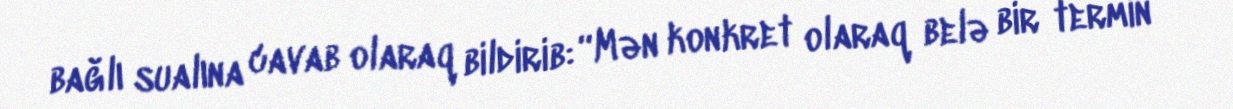
bağlı sualına cavab olaraq bildirib: “Mən konkret olaraq belə bir termin